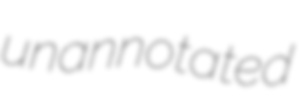
unannotated